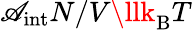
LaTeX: \mathscr{A}_{\mathrm{{int}}}N/V\llk_{\mathrm{{B}}}T